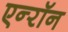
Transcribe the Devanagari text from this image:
एन्‍रॉन